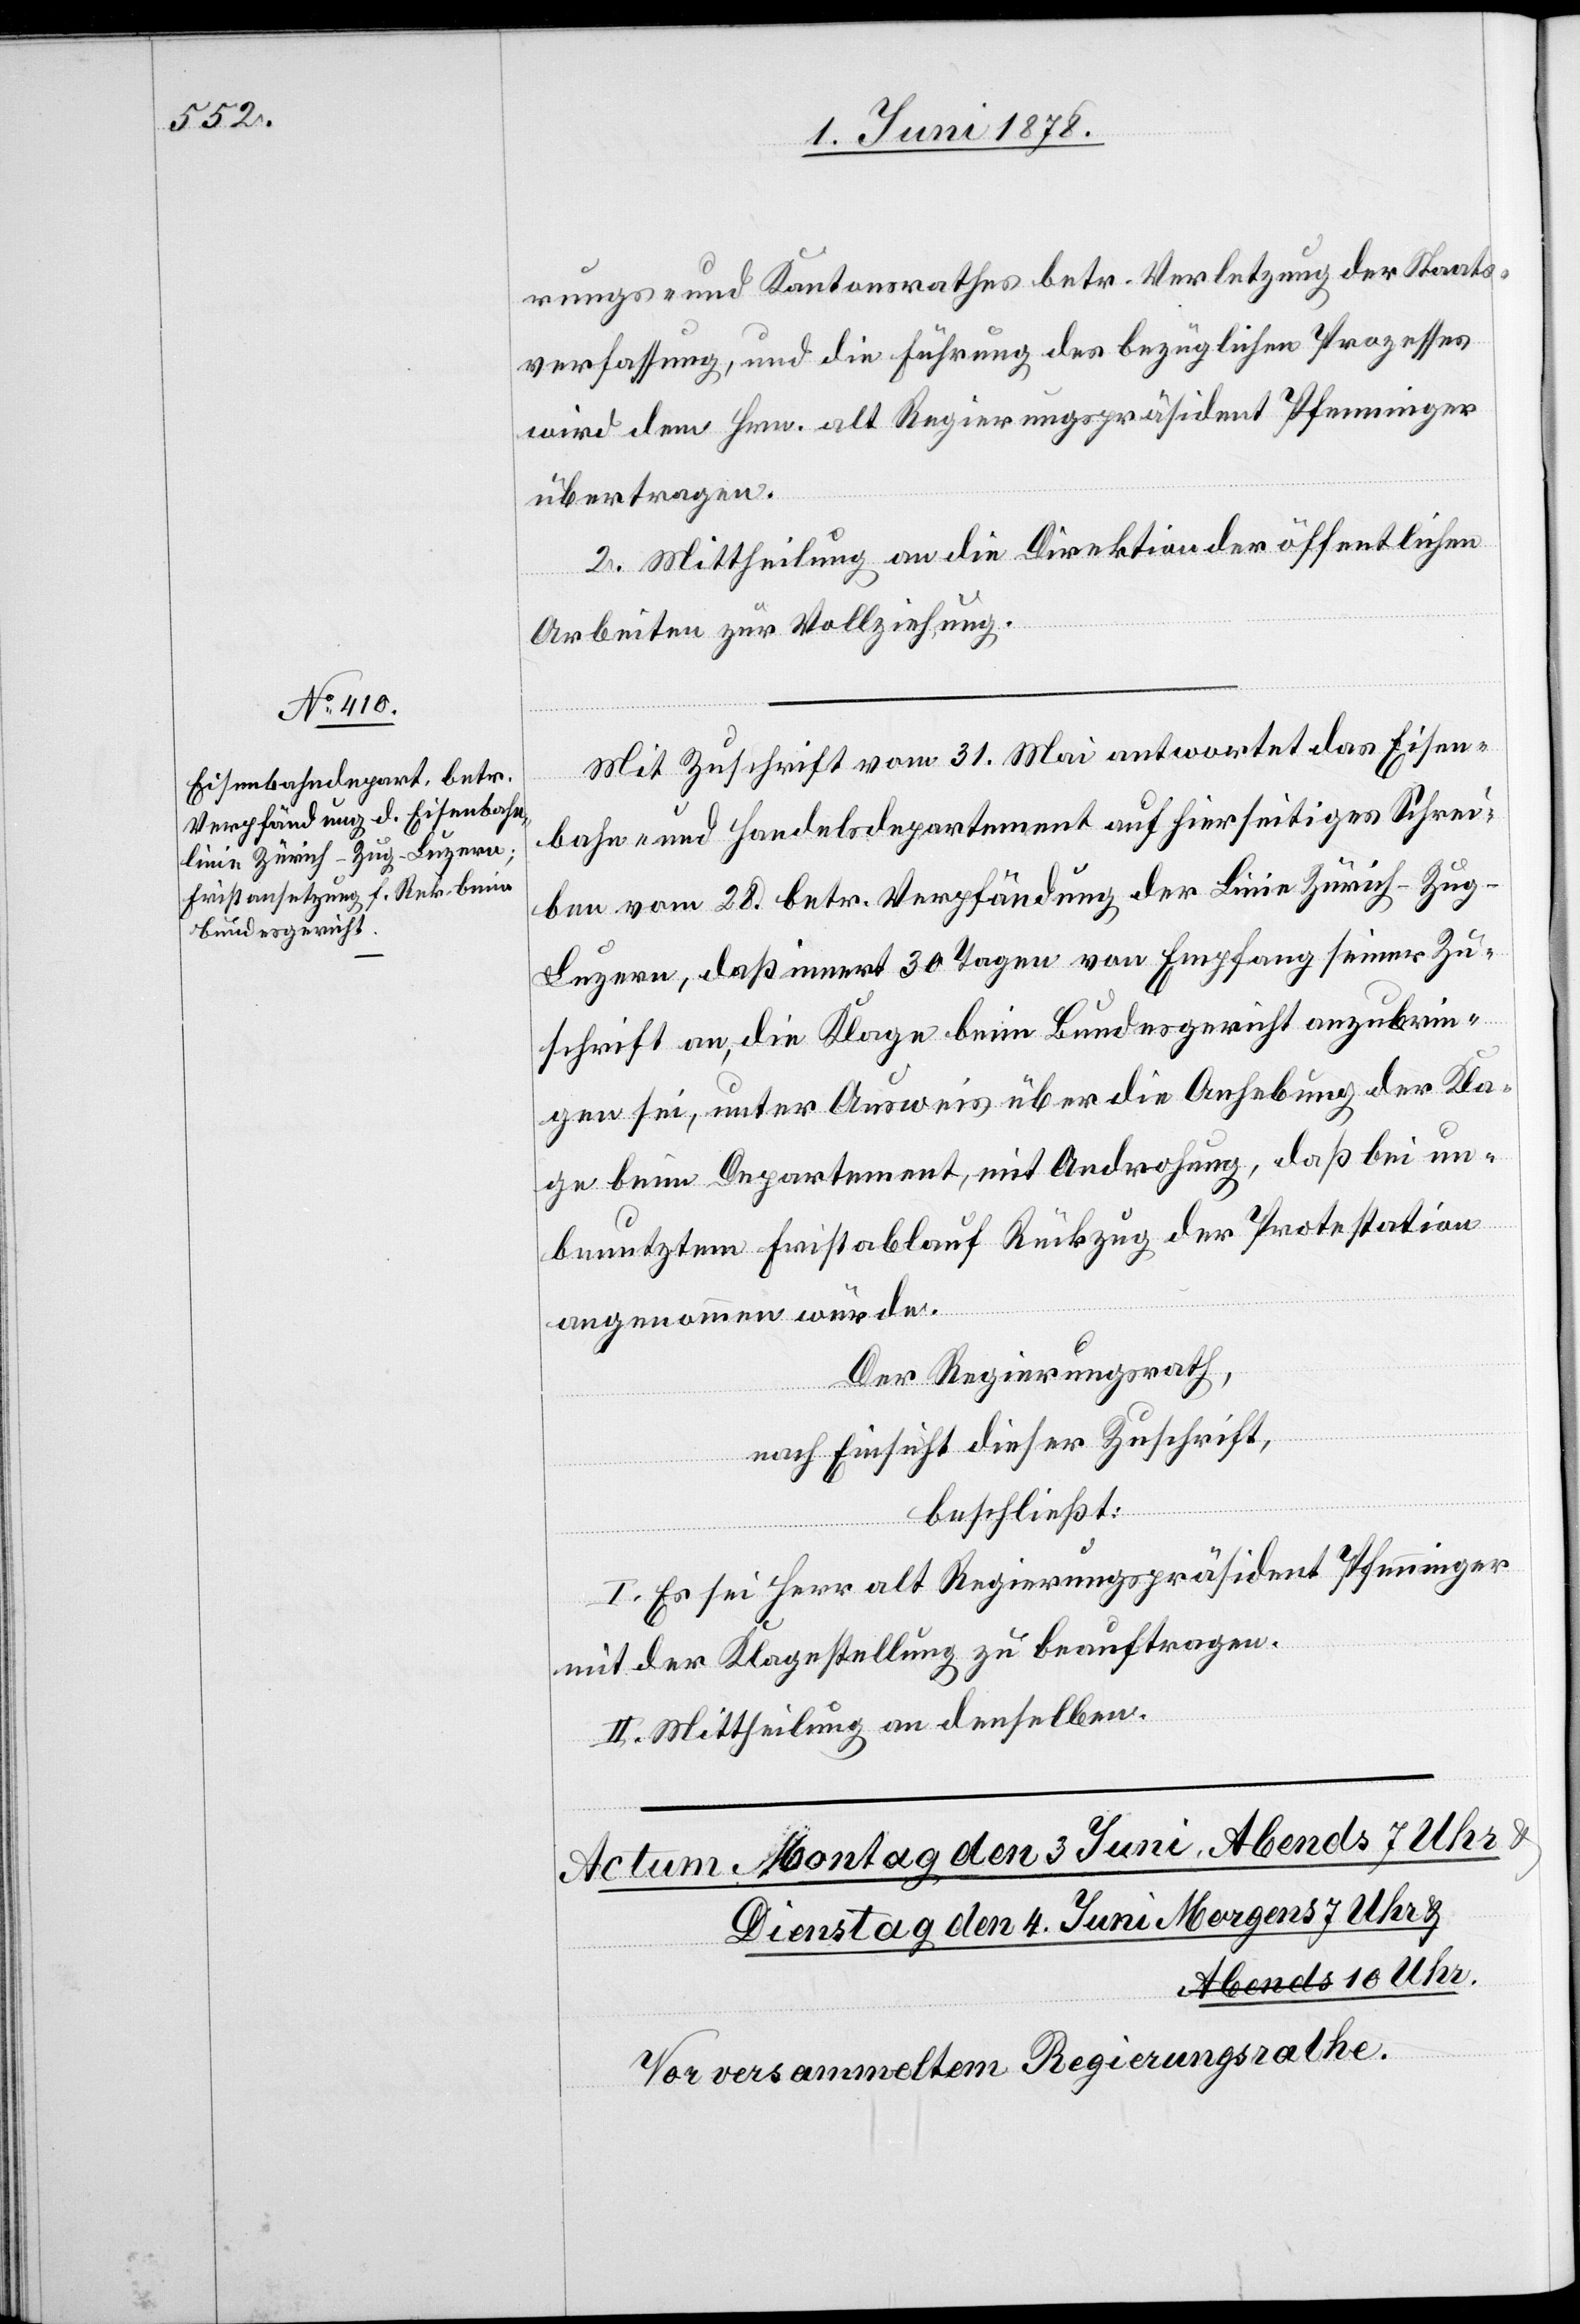
rungs- und Kantonsrathes betr. Verletzung der Staats¬
verfassung, und die Führung des bezüglichen Prozesses
wird dem Hrn. alt Regierungspräsident Pfenninger
übertragen.
2. Mittheilung an die Direktion der öffentlichen
Arbeiten zur Vollziehung.
Mit Zuschrift vom 31. Mai antwortet das Eisen¬
bahn- und Handelsdepartement auf hierseitiges Schrei¬
ben vom 28. betr. Verpfändung der Linie Zürich–Zug–L¬
uzern, daß innert 30 Tagen von Empfang seiner Zu¬
schrift an, die Klage beim Bundesgericht anzubrin¬
gen sei, unter Ausweis über die Anhebung der Kla¬
ge beim Departement, mit Androhung, daß bei un¬
benutztem Fristablauf Rückzug der Protestation
angenommen würde.
Der Regierungsrath,
nach Einsicht dieser Zuschrift,
beschließt:
I. Es sei Herr alt Regierungspräsident Pfenninger
mit der Klagestellung zu beauftragen.
II. Mittheilung an denselben.